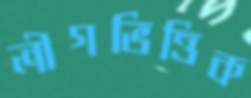
লীগভিত্তিক